Indian journal of veterinary science and animal husbandry - Volumes 15-17, 1948-1951
Year: 1948
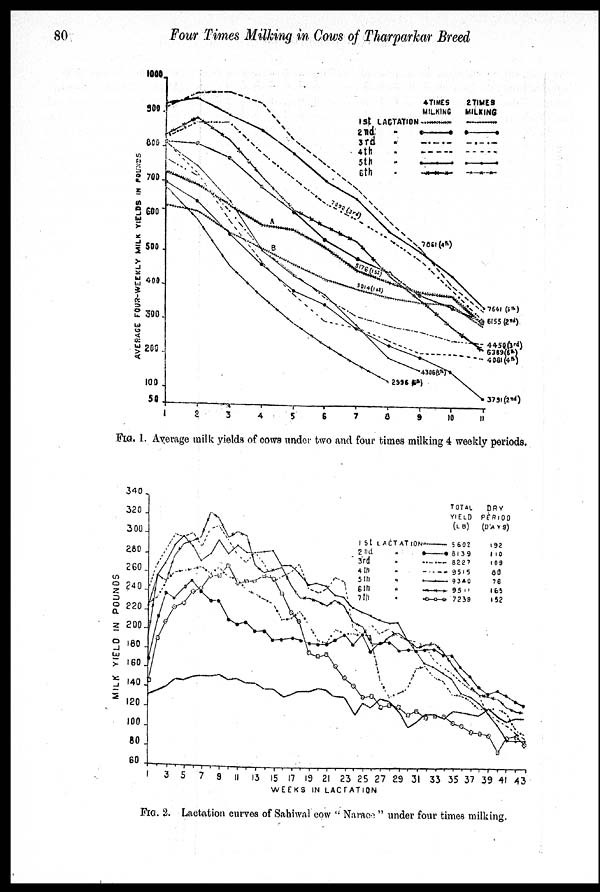
80
Four Times Milking in Cows of Tharparkar Breed
FIG. 1. Average milk yields of cows under two and four times milking 4 weekly periods.
FIG. 2. Lactation curves of Sahiwal cow "Narace" under four times milking.